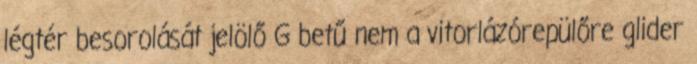
légtér besorolását jelölő G betű nem a vitorlázórepülőre glider